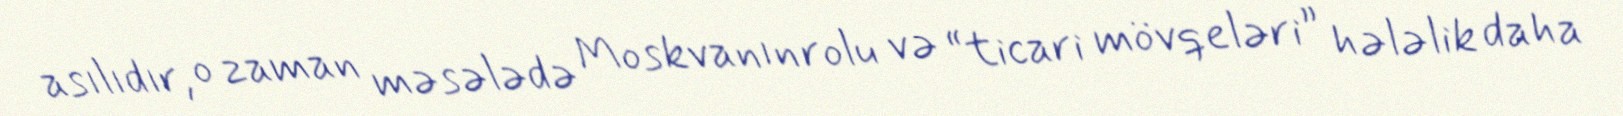
asılıdır, o zaman məsələdə Moskvanın rolu və “ticari mövqeləri” hələlik daha